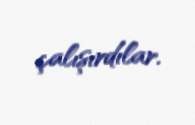
çalışırdılar.